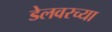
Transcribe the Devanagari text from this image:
डेलवरच्या